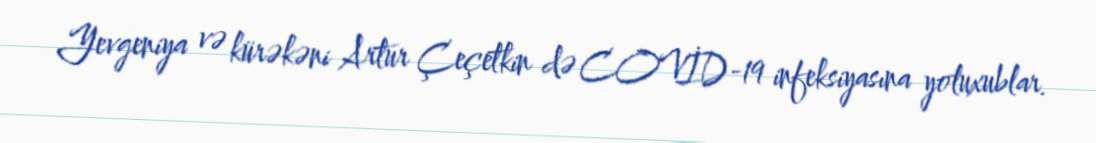
Yevgeniya və kürəkəni Artur Çeçetkin də COVİD-19 infeksiyasına yoluxublar.